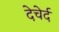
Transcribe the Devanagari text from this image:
देचेर्द